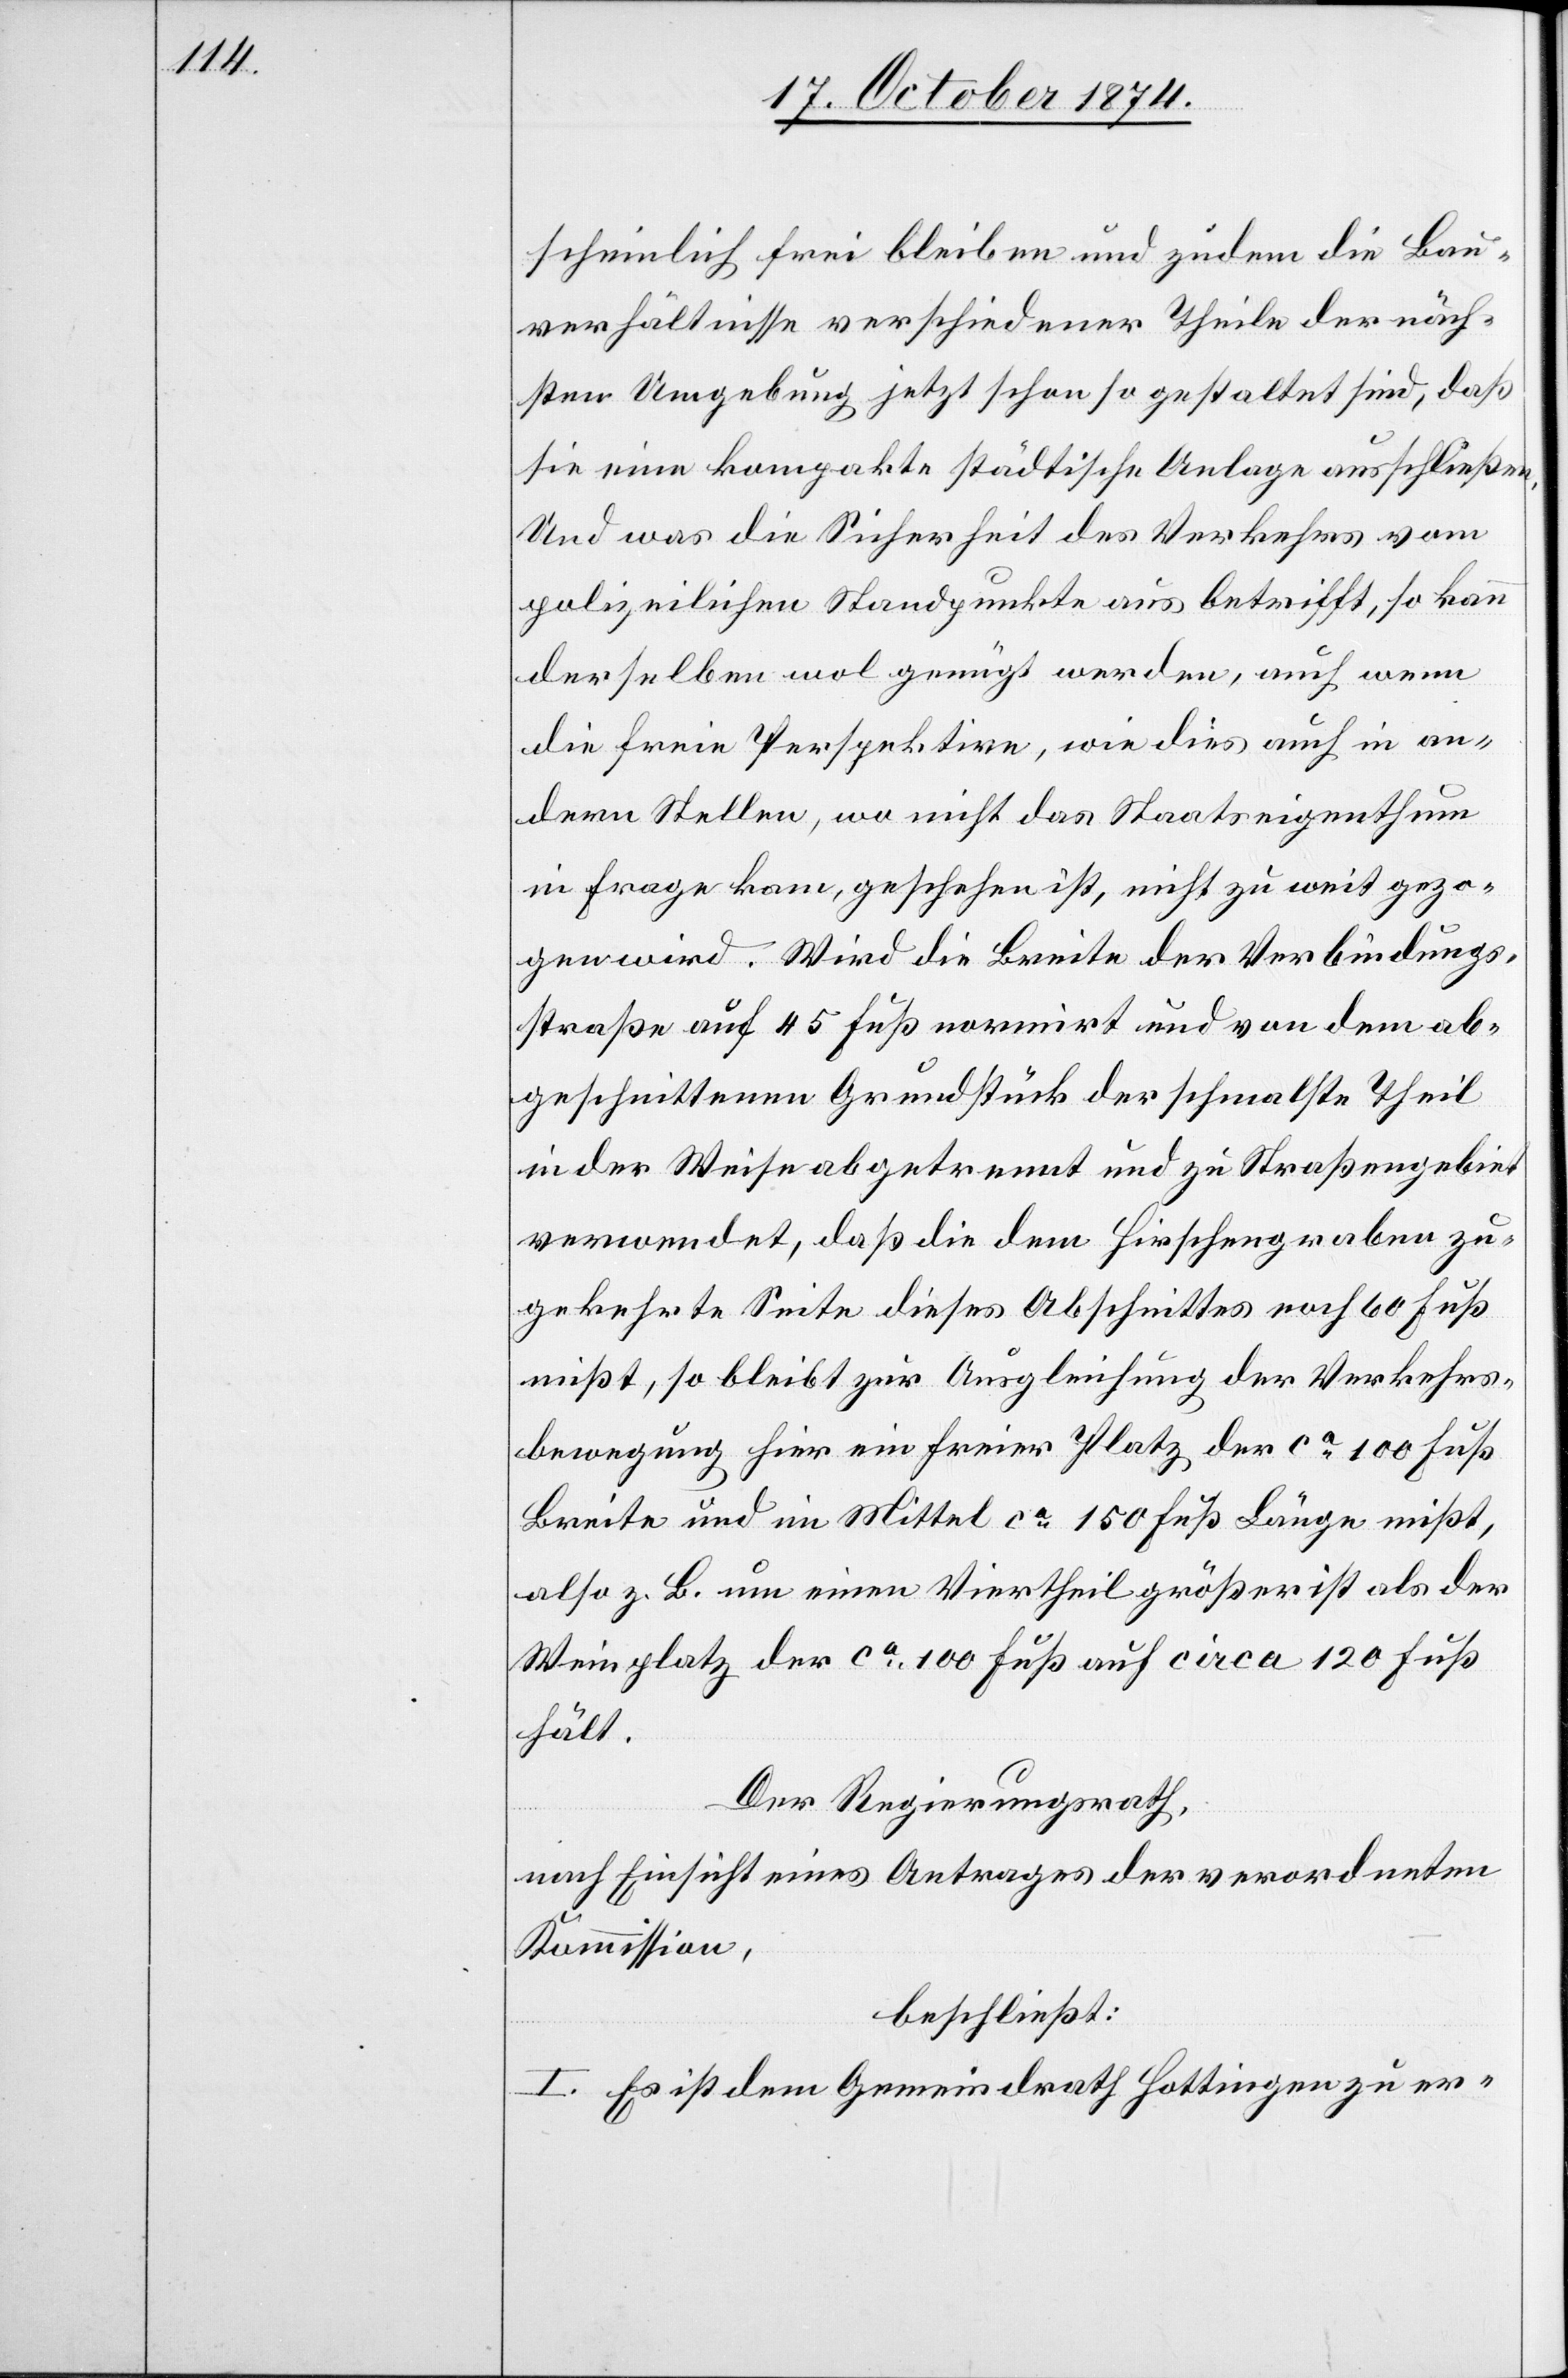
scheinlich frei bleiben und zudem die Bau¬
verhältnisse verschiedener Theile der näch¬
sten Umgebung jetzt schon so gestaltet sind, daß
sie eine kompakte städtische Anlage ausschließen.
Und was die Sicherheit des Verkehres vom
polizeilichen Standpunkte aus betrifft, so kann
derselben wol genügt werden, auch wenn
die freie Perspektive, wie dies auch in an¬
dern Stellen, wo nicht das Staatseigenthum
in Frage kam, geschehen ist, nicht zu weit gezo¬
gen wird. Wird die Breite der Verbindungs¬
straße auf 45 Fuß normirt und von dem ab¬
geschnittenen Grundstück der schmalste Theil
in der Weise abgetrennt und zu Straßengebiet
verwendet, daß die dem Hirschengraben zu¬
gekehrte Seite dieses Abschnittes noch 60 Fuß
mißt, so bleibt zur Ausgleichung der Verkehrs¬
bewegung hier ein freier Platz der ca 100 Fuß
Breite und im Mittel ca 150 Fuß Länge mißt,
also z. B. um einen Viertheil größer ist als der
Weinplatz der ca 100 Fuß auf circa 120 Fuß
hält.
Der Regierungsrath,
nach Einsicht eines Antrages der verordneten
Kommission,
beschließt:
I. Es ist dem Gemeindrath Hottingen zu er-